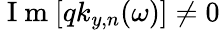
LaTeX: \mathrm{~I~m~}[qk_{y,n}(\omega)]\neq 0